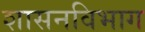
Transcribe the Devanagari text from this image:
शासनविभाग